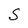
Character: S